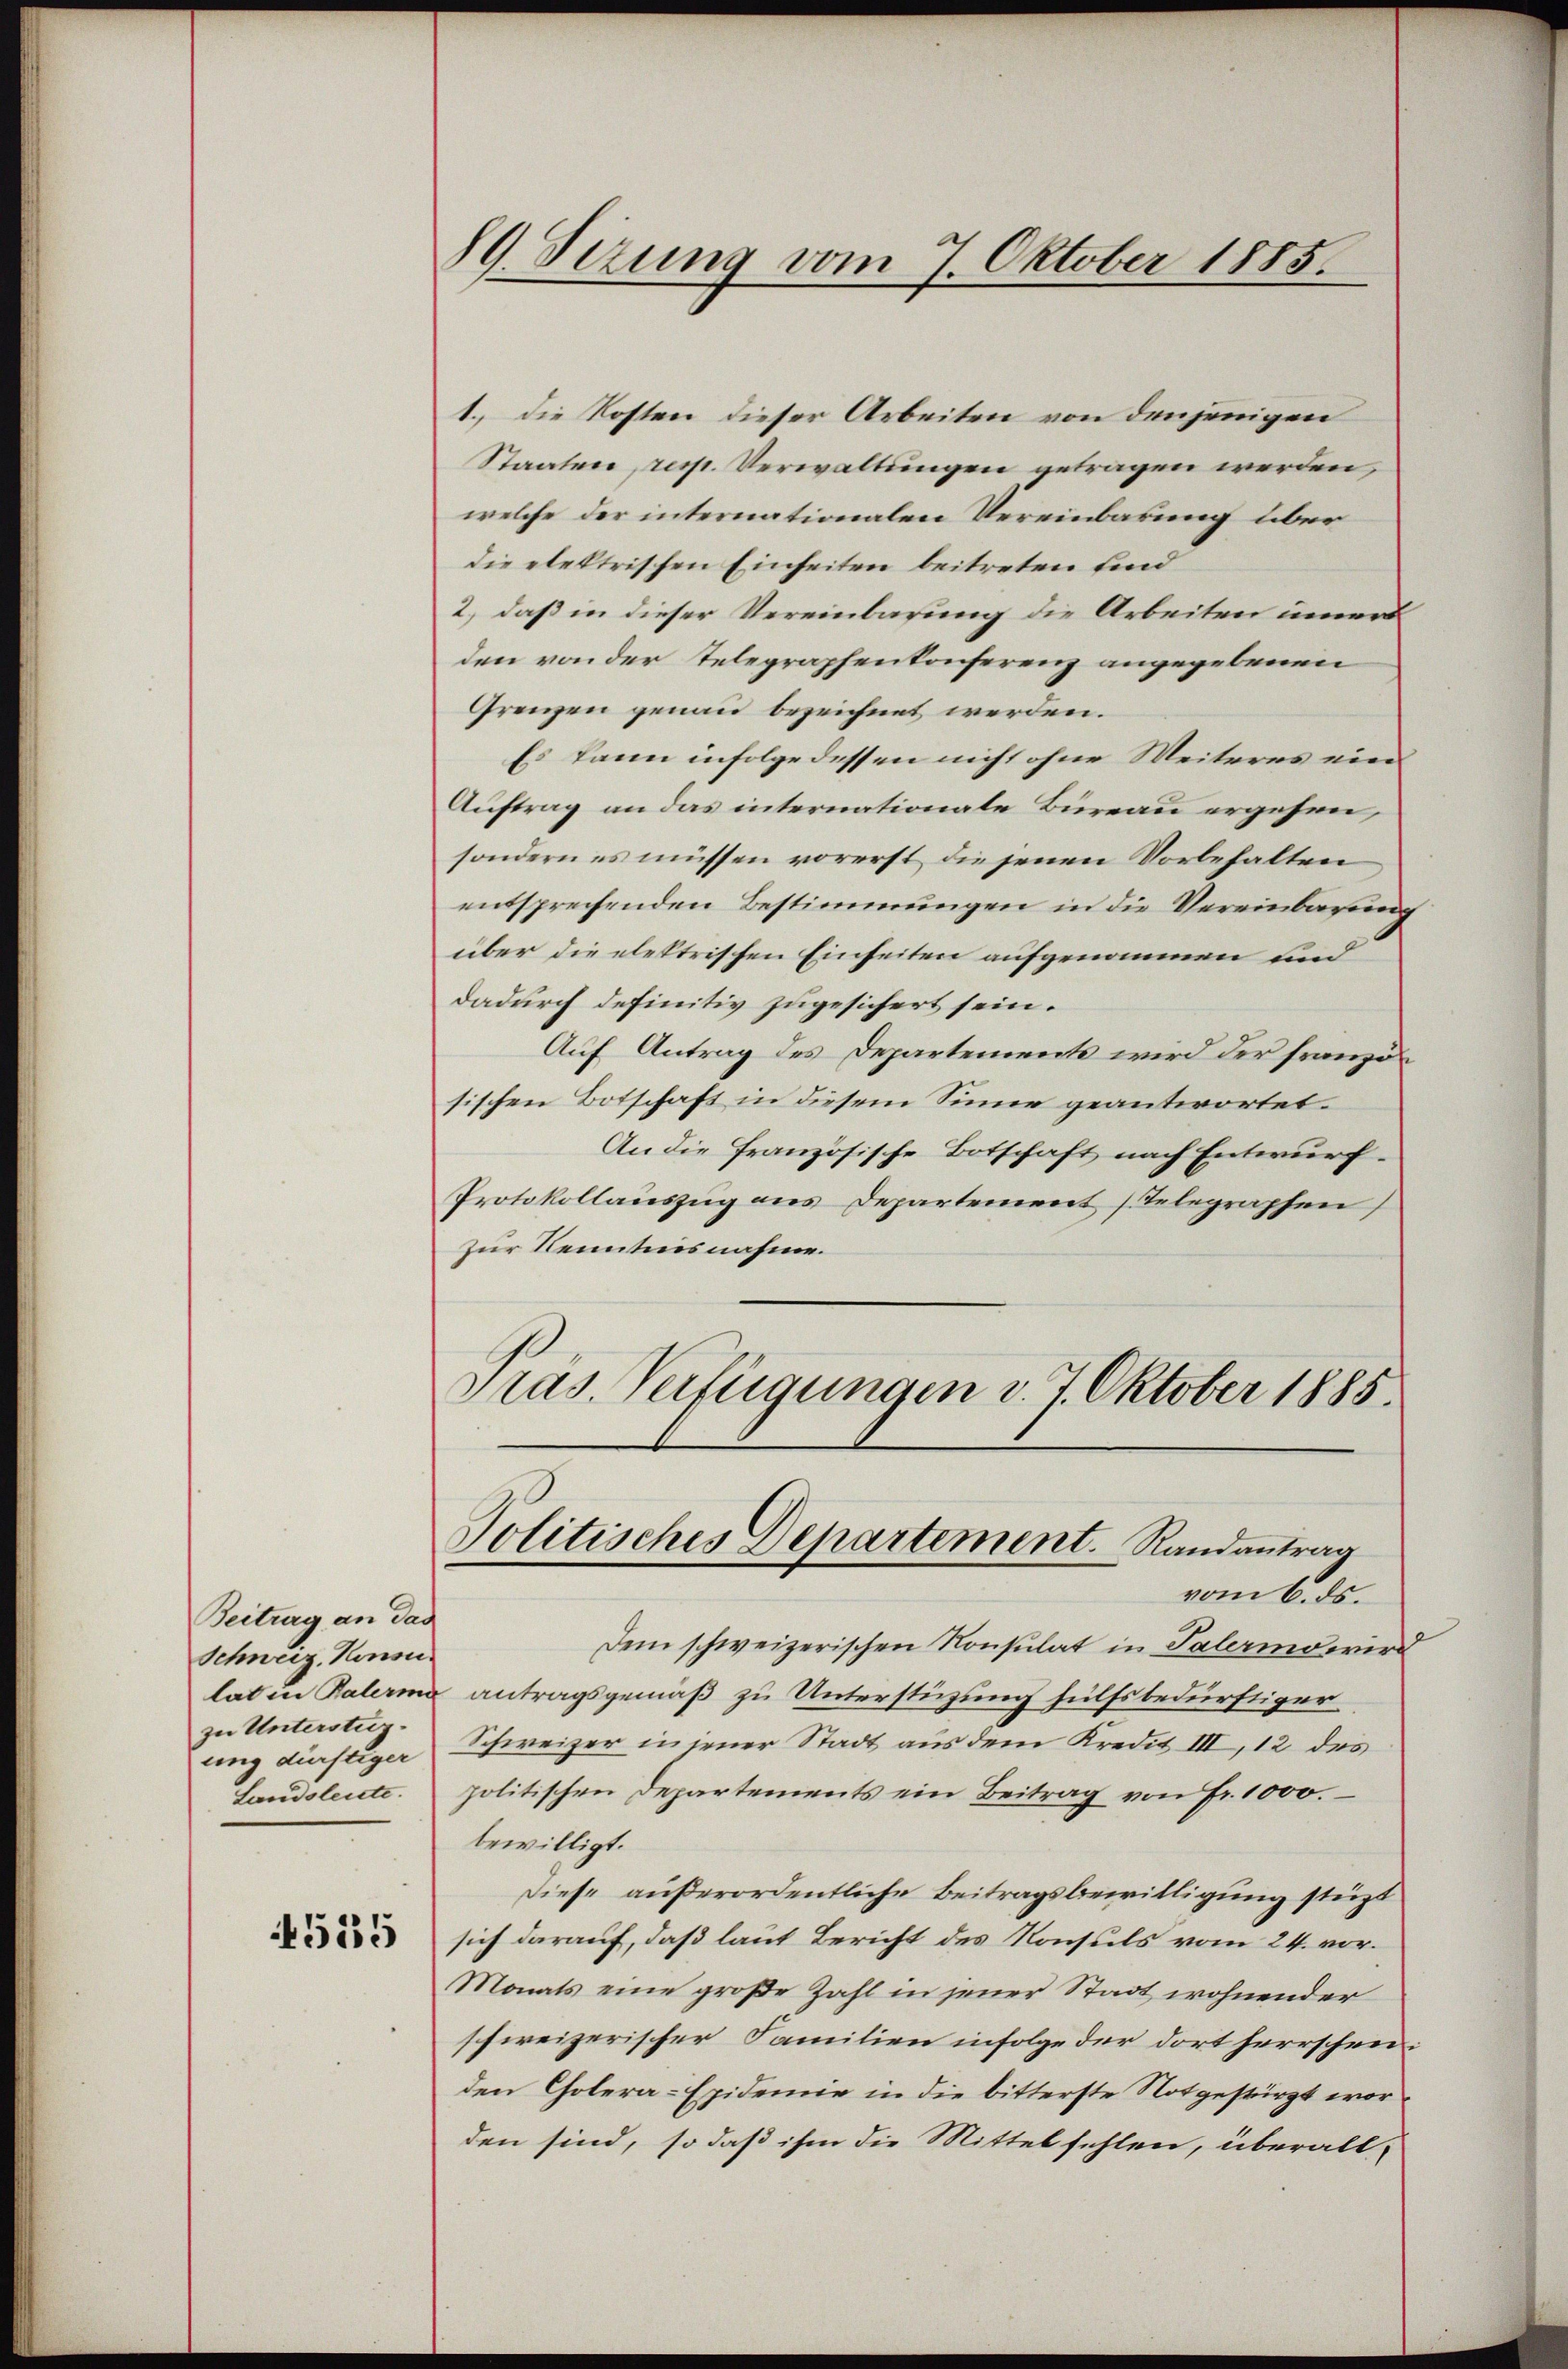
Beitrag an das
Schweiz, Konsu
zu Unterstrizung dürftiger
Landsleute.

4535

89. Sizung vom 7. Oktober 1885.

1., die Kosten dieser Arbeiten von denjenigen
Staaten, resp. Verwaltungen getragen werden,
welche der internationalen Vereinbarung über
die elektrischen Einheiten beitreten sind
2., daß in dieser Vereinbarung die Arbeiten inner
den von der Telegraphenkonferenz angegebenen
Grenzen genau bezeichnet werden.
Es kann infolge dessen nicht ohne Weiteres ein¬
Auftrag an das internationate Bureau ergehen,
sondern es müssen vorerst die jenen Vorbehalten
entsprechenden Bestimmungen in die Vereinbarung
über die elektrischen Einheiten aufgenommen und
dadurch definitiv zugesichert sein.
Auf Antrag des Departements wird der französischen Botschaft in diesem Sinne geantwortet.
An die französische Botschaft nach Entwurf.
Protokollauszug aus Departement Telegraphen,
Zur Kenntnisnahme.
Pras. Verfügungen v. 7. Oktober 1885.

Politisches Departement. Randantrag
vom 6. ds.

Dem schweizerischen Konsulat in Palermo wird
lat in Palerme antragsgemäß zu Unterstüzung hülfsbedürftiger
Schweizer in jener Stadt aus dem Kredit III, 12 des
politischen Departements ein Beitrag von Fr. 1000. –
bewilligt.
Diese außerordentliche Beitragsbewilligung stüzt
sich darauf, daß laut Bericht des Konsuls vom 24. vor¬
Monats eine große Zahl in jener Stadt wohnender
schweizerischer Familien infolge der dort herrschen:
den Cholera-Epidemie in die bitterste Notgestürzt worden sind, so daß ihm die Mittel fehlen, überall